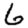
Digit: 6